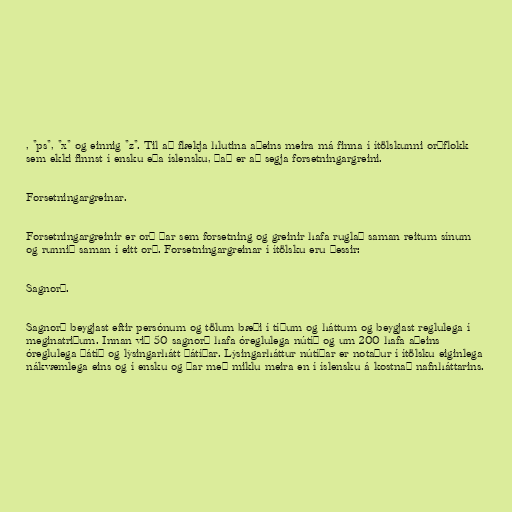
, "ps", "x" og einnig "z". Til að flækja hlutina aðeins meira má finna í ítölskunni orðflokk
sem ekki finnst í ensku eða íslensku, það er að segja forsetningargreini.

Forsetningargreinar.

Forsetningargreinir er orð þar sem forsetning og greinir hafa ruglað saman reitum sínum
og runnið saman í eitt orð. Forsetningargreinar í ítölsku eru þessir:

Sagnorð.

Sagnorð beygjast eftir persónum og tölum bæði í tíðum og háttum og beygjast reglulega í
meginatriðum. Innan við 50 sagnorð hafa óreglulega nútíð og um 200 hafa aðeins
óreglulega þátíð og lýsingarhátt þátíðar. Lýsingarháttur nútíðar er notaður í ítölsku eiginlega
nákvæmlega eins og í ensku og þar með miklu meira en í íslensku á kostnað nafnháttarins.